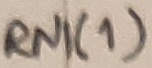
Text: RN(1)